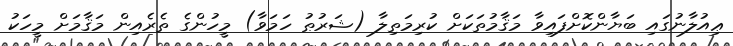
ޢިއުލާނުގައި ބަޔާންކޮށްފައިވާ މަޤާމުތަކަށް ކުރިމަތިލާ (ޝަރުޠު ހަމަވާ) މީހުންގެ ތެރެއިން މަޤާމަށް މީހަކު